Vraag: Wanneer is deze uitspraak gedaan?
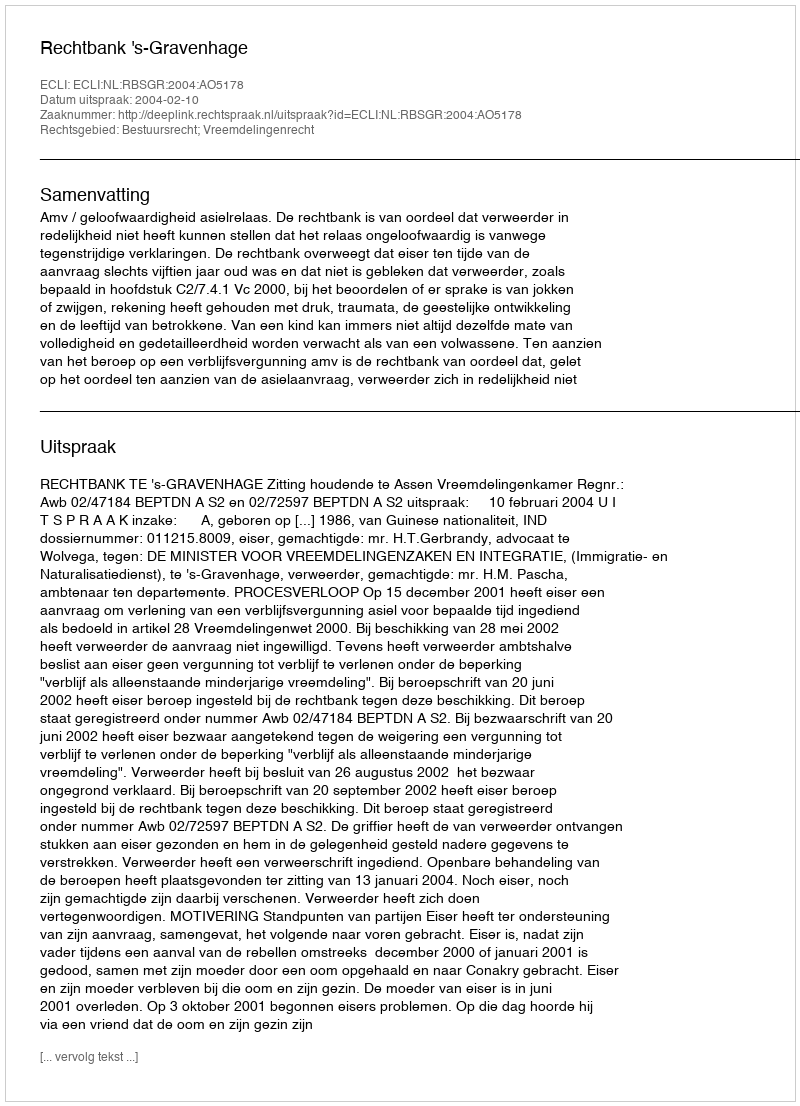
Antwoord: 2004-02-10